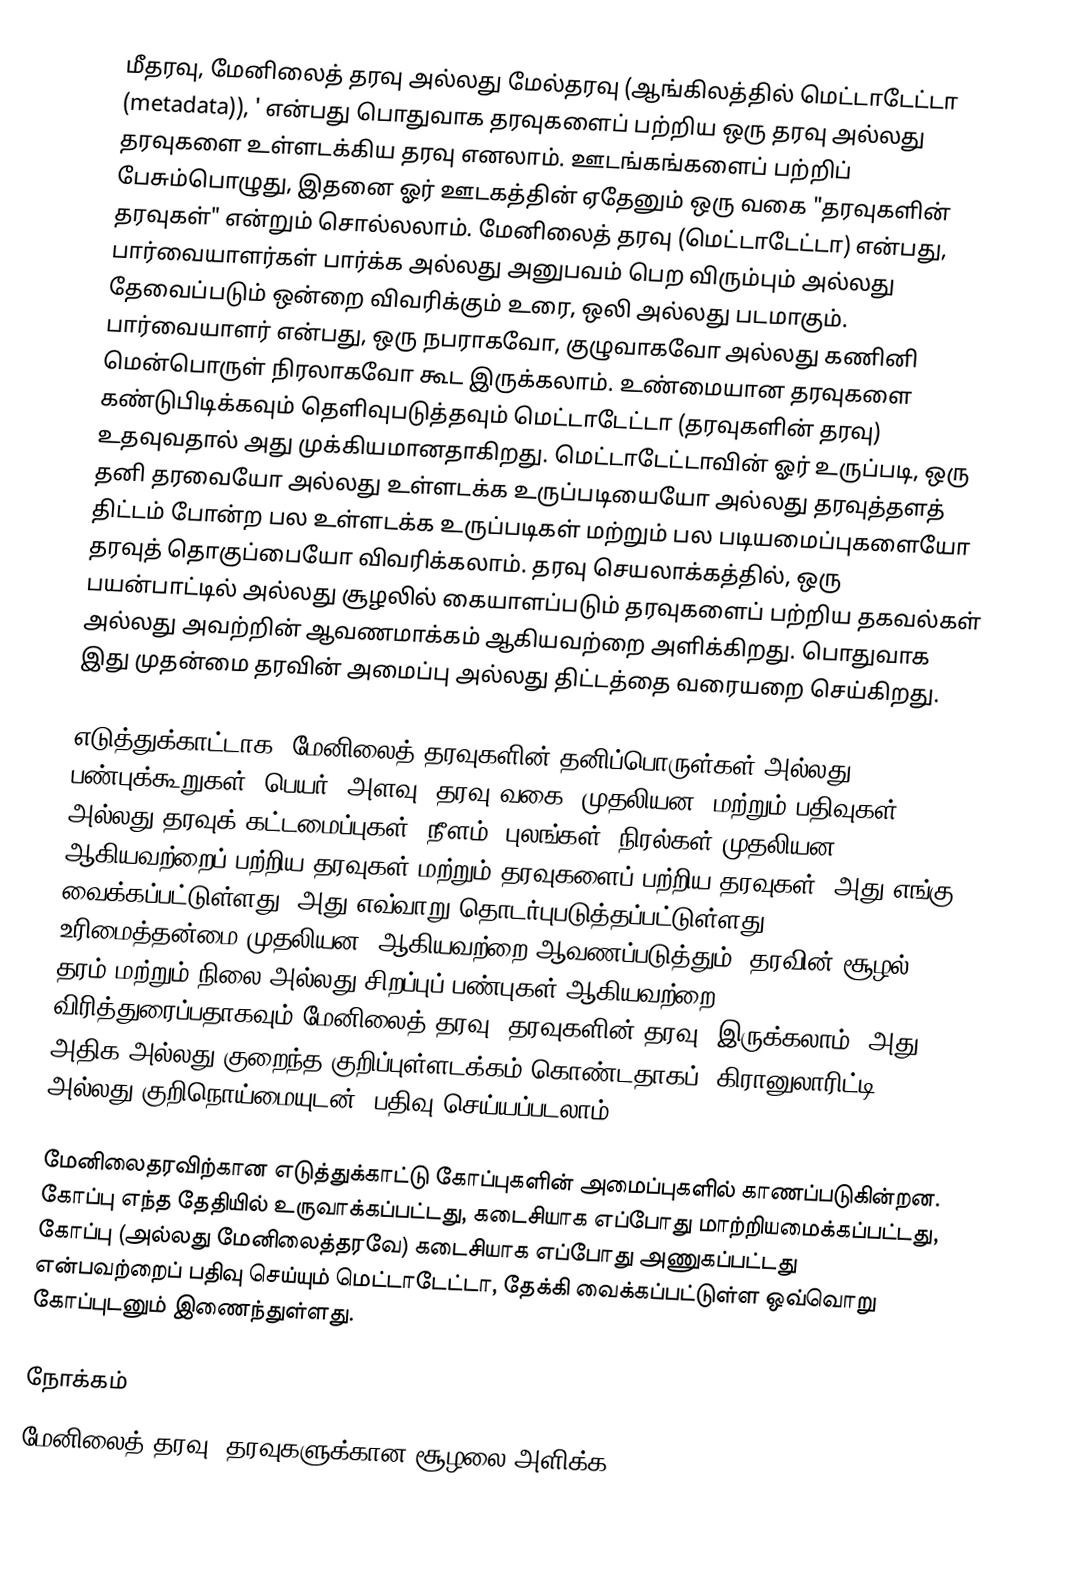
மீதரவு, மேனிலைத் தரவு அல்லது மேல்தரவு (ஆங்கிலத்தில் மெட்டாடேட்டா (metadata)), ' என்பது பொதுவாக தரவுகளைப் பற்றிய ஒரு தரவு அல்லது தரவுகளை உள்ளடக்கிய தரவு எனலாம். ஊடங்கங்களைப் பற்றிப் பேசும்பொழுது, இதனை ஓர் ஊடகத்தின் ஏதேனும் ஒரு வகை "தரவுகளின் தரவுகள்" என்றும் சொல்லலாம். மேனிலைத் தரவு (மெட்டாடேட்டா) என்பது, பார்வையாளர்கள் பார்க்க அல்லது அனுபவம் பெற விரும்பும் அல்லது தேவைப்படும் ஒன்றை விவரிக்கும் உரை, ஒலி அல்லது படமாகும். பார்வையாளர் என்பது, ஒரு நபராகவோ, குழுவாகவோ அல்லது கணினி மென்பொருள் நிரலாகவோ கூட இருக்கலாம். உண்மையான தரவுகளை கண்டுபிடிக்கவும் தெளிவுபடுத்தவும் மெட்டாடேட்டா (தரவுகளின் தரவு) உதவுவதால் அது முக்கியமானதாகிறது. மெட்டாடேட்டாவின் ஓர் உருப்படி, ஒரு தனி தரவையோ அல்லது உள்ளடக்க உருப்படியையோ அல்லது தரவுத்தளத் திட்டம் போன்ற பல உள்ளடக்க உருப்படிகள் மற்றும் பல படியமைப்புகளையோ தரவுத் தொகுப்பையோ விவரிக்கலாம். தரவு செயலாக்கத்தில், ஒரு பயன்பாட்டில் அல்லது சூழலில் கையாளப்படும் தரவுகளைப் பற்றிய தகவல்கள் அல்லது அவற்றின் ஆவணமாக்கம் ஆகியவற்றை அளிக்கிறது. பொதுவாக இது முதன்மை தரவின் அமைப்பு அல்லது திட்டத்தை வரையறை செய்கிறது.

எடுத்துக்காட்டாக, மேனிலைத் தரவுகளின் தனிப்பொருள்கள் அல்லது பண்புக்கூறுகள் (பெயர், அளவு, தரவு வகை, முதலியன) மற்றும் பதிவுகள் அல்லது தரவுக் கட்டமைப்புகள் (நீளம், புலங்கள், நிரல்கள் முதலியன) ஆகியவற்றைப் பற்றிய தரவுகள் மற்றும் தரவுகளைப் பற்றிய தரவுகள் (அது எங்கு வைக்கப்பட்டுள்ளது, அது எவ்வாறு தொடர்புபடுத்தப்பட்டுள்ளது, உரிமைத்தன்மை முதலியன) ஆகியவற்றை ஆவணப்படுத்தும். தரவின் சூழல், தரம் மற்றும் நிலை அல்லது சிறப்புப் பண்புகள் ஆகியவற்றை விரித்துரைப்பதாகவும் மேனிலைத் தரவு (தரவுகளின் தரவு) இருக்கலாம். அது அதிக அல்லது குறைந்த குறிப்புள்ளடக்கம் கொண்டதாகப் (கிரானுலாரிட்டி அல்லது குறிநொய்மையுடன்) பதிவு செய்யப்படலாம்.

மேனிலைதரவிற்கான எடுத்துக்காட்டு கோப்புகளின் அமைப்புகளில் காணப்படுகின்றன. கோப்பு எந்த தேதியில் உருவாக்கப்பட்டது, கடைசியாக எப்போது மாற்றியமைக்கப்பட்டது, கோப்பு (அல்லது மேனிலைத்தரவே) கடைசியாக எப்போது அணுகப்பட்டது என்பவற்றைப் பதிவு செய்யும் மெட்டாடேட்டா, தேக்கி வைக்கப்பட்டுள்ள ஒவ்வொறு கோப்புடனும் இணைந்துள்ளது.

நோக்கம்
மேனிலைத் தரவு, தரவுகளுக்கான சூழலை அளிக்க